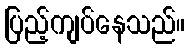
ပြည့်ကျပ်နေသည်။